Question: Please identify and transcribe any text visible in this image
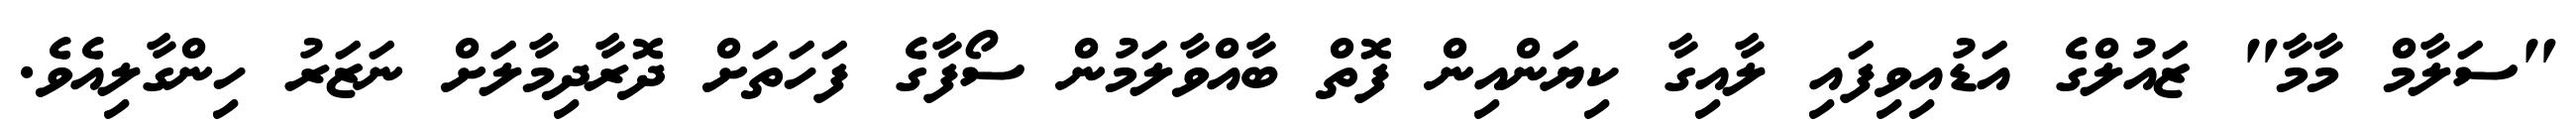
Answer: "ސަލާމް މާމާ" ޒައުލްގެ އަޑުއިވިފައި ލާއިގާ ކިޔަންއިން ފޮތް ބާއްވާލަމުން ސޯފާގެ ފަހަތަށް ދޮރާދިމާލަށް ނަޒަރު ހިންގާލިއެވެ.